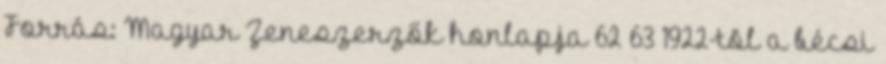
Forrás: Magyar Zeneszerzők honlapja 62 63 1922-tõl a bécsi